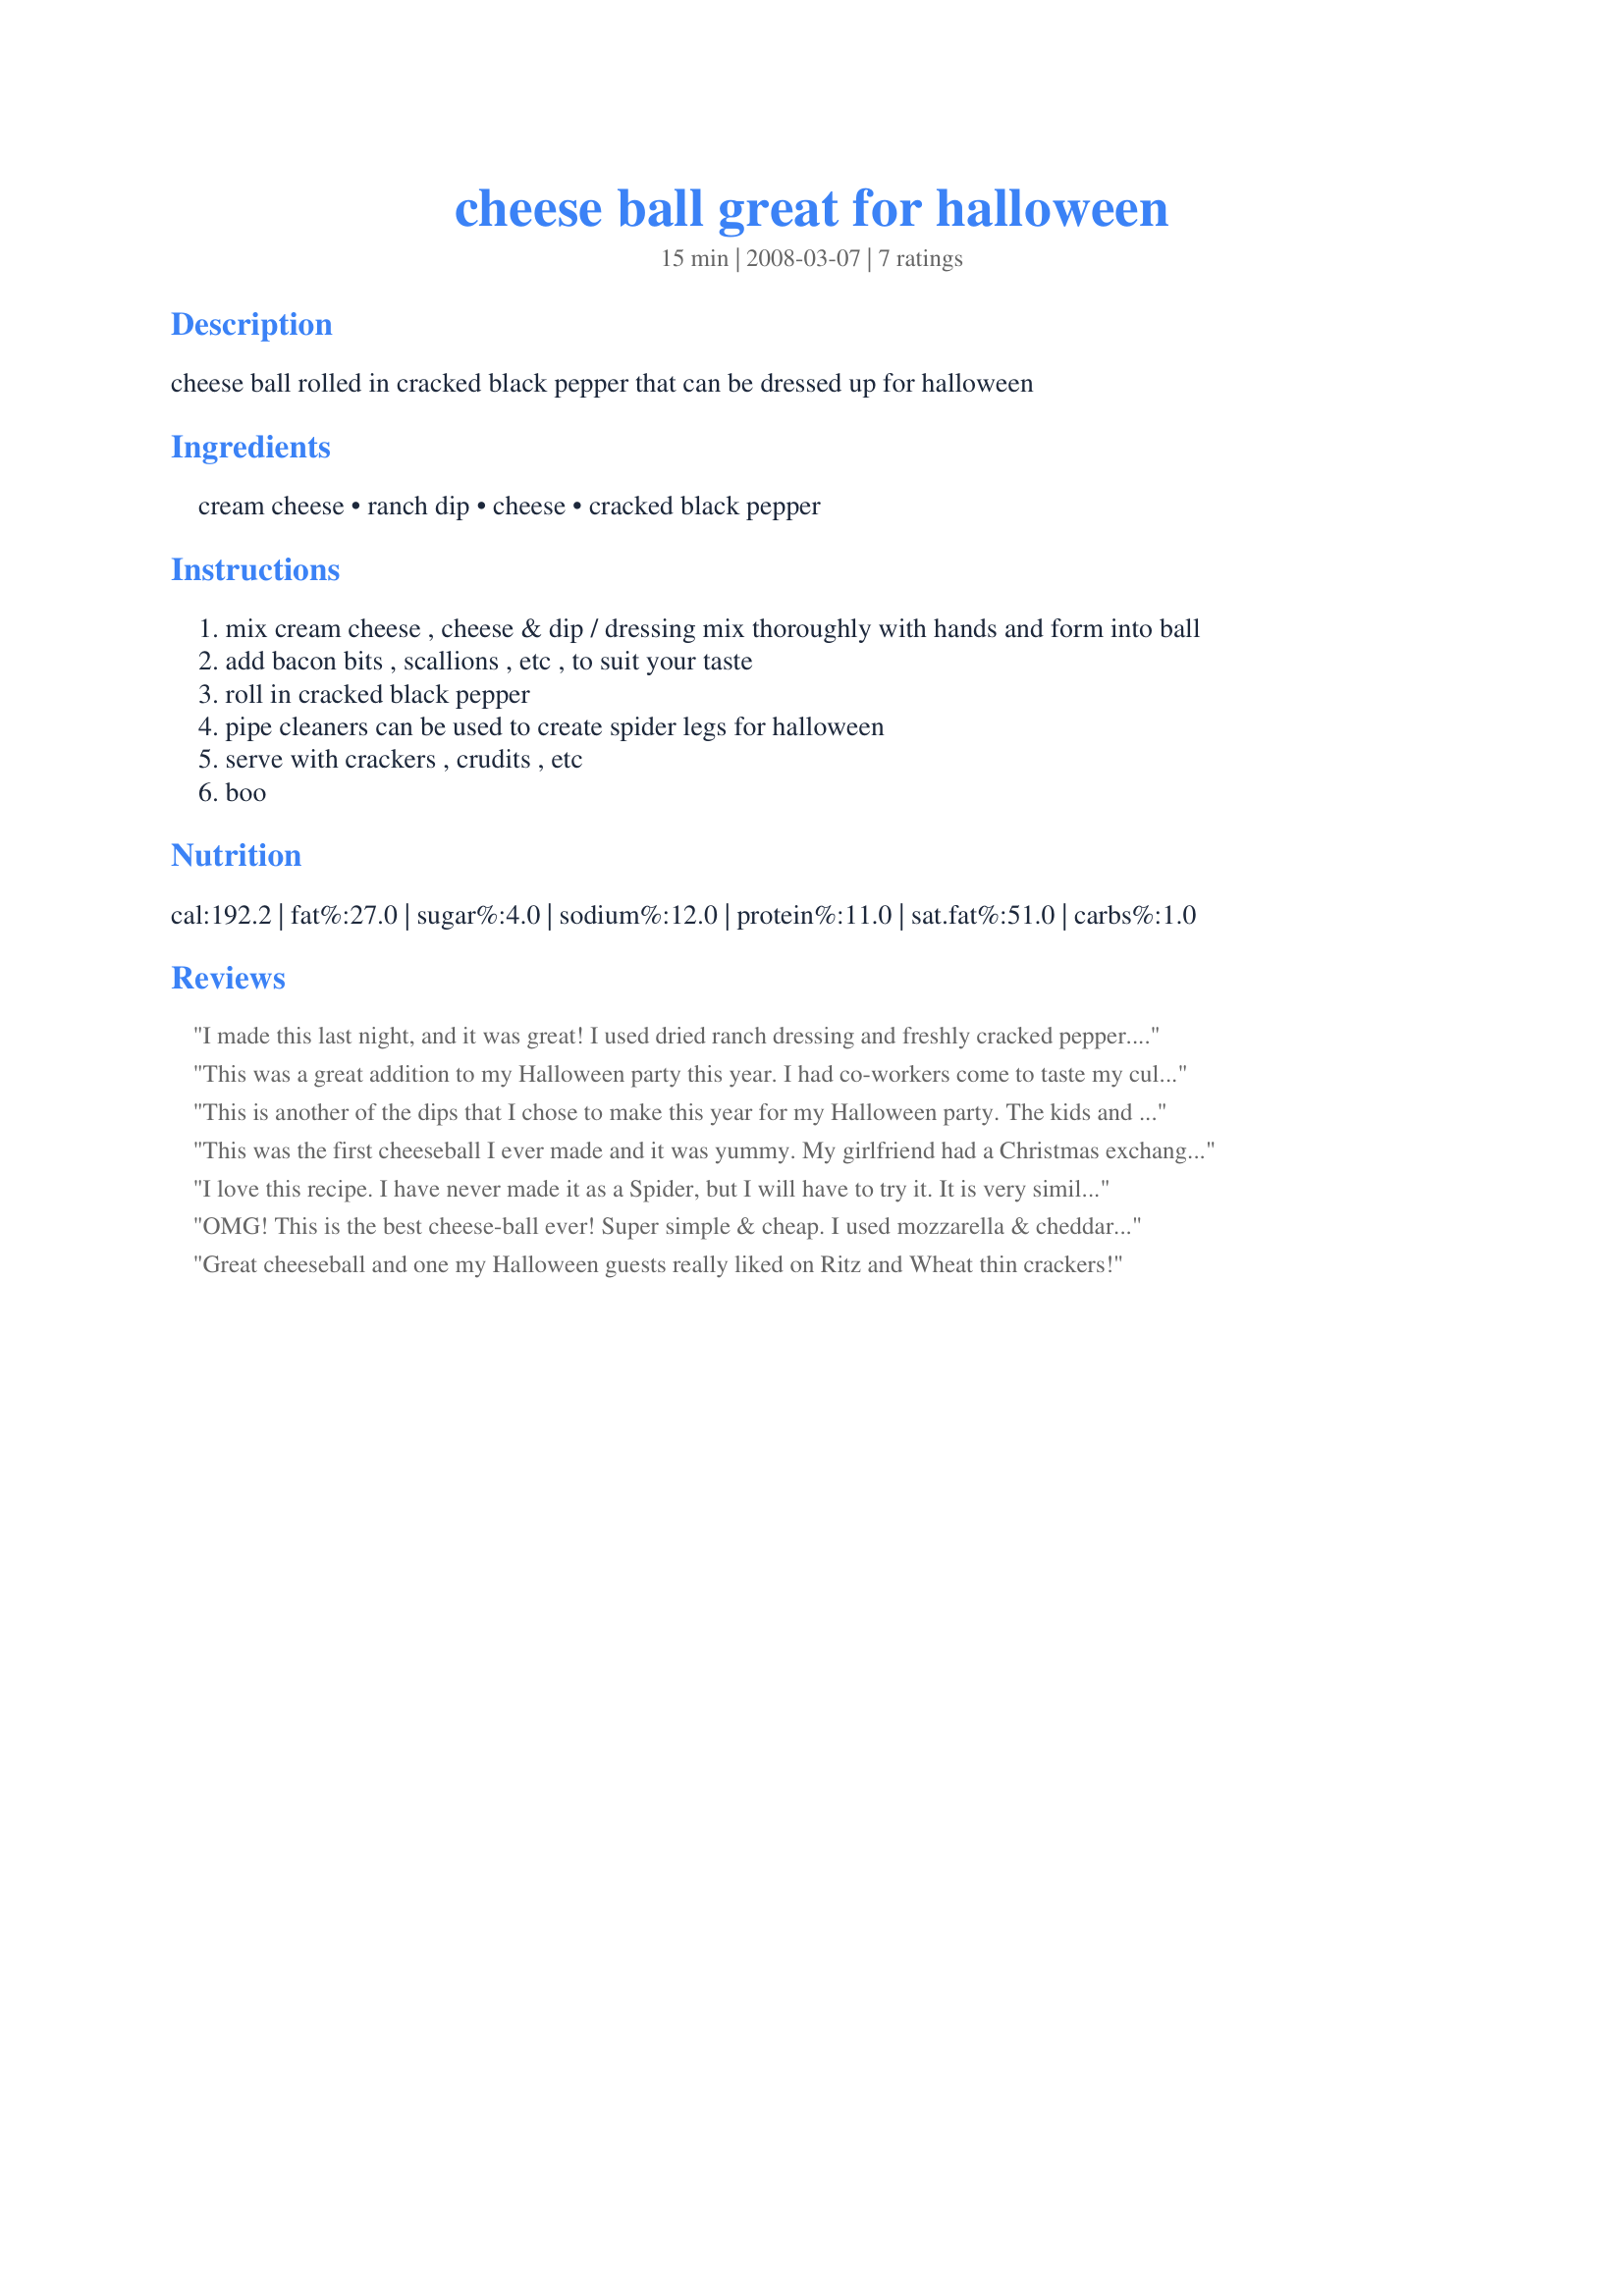
cheese ball great for halloween
Preparation time: 15 minutes

cheese ball rolled in cracked black pepper that can be dressed up for halloween

Ingredients:
cream cheese, ranch dip, cheese, cracked black pepper

Steps:
mix cream cheese , cheese & dip / dressing mix thoroughly with hands and form into ball
add bacon bits , scallions , etc , to suit your taste
roll in cracked black pepper
pipe cleaners can be used to create spider legs for halloween
serve with crackers , crudits , etc
boo

Reviews:
I made this last night, and it was great! I used dried ranch dressing and freshly cracked pepper. I also used grated Monteray Jack cheese and it was so good! It also keeps well in the fridge, because I had some more today, and it was even better!
This was a great addition to my Halloween party this year. I had co-workers come to taste my culinary and creative choices, and everything was a big hit! I used lots of fresh cracked pepper and it was so good! I had 3 different dips and balls, so I served this one with some wheat thins whole wheat crackers.
This is another of the dips that I chose to make this year for my Halloween party. The kids and adults both liked this cheese ball a lot!
This was the first cheeseball I ever made and it was yummy. My girlfriend had a Christmas exchange party, meaning that the course you brought had to be an exchange in some way. My course was appetizers and decided to exchange for other holidays so I made this as the Halloween appetizer. I used light cream cheese and sharp cheddar w/bacon blend. Delicious and fun!
I love this recipe. I have never made it as a Spider, but I will have to try it. It is very similar to my Recipe #308371. It is addicting! Any time we have a family get together we bring it. I also use this same recipe without the pepper, to stuff pickled jalapenos and I use it in Recipe #308373 as the filling for my Grilled Stuffed Jalapenos.
OMG! This is the best cheese-ball ever! Super simple & cheap. I used mozzarella & cheddar cheese (just what I had in my fridge @ the time), added bacon, & substituted ground pepper. It turned out great was super cute & every one complemented me at the Halloween party! Every one loved it, I loved it, & being a total misfit when it comes to recipes loved how simple it was. 5 stars!
Great cheeseball and one my Halloween guests really liked on Ritz and Wheat thin crackers!
